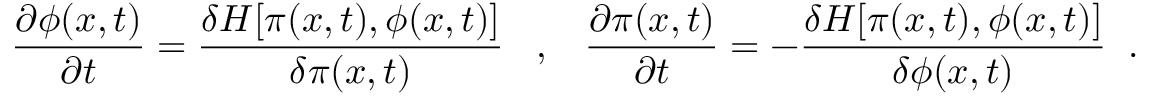
\frac { \partial \phi ( x , t ) } { \partial t } = \frac { \delta H [ \pi ( x , t ) , \phi ( x , t ) ] } { \delta \pi ( x , t ) } \; \; \; , \; \; \; \frac { \partial \pi ( x , t ) } { \partial t } = - \frac { \delta H [ \pi ( x , t ) , \phi ( x , t ) ] } { \delta \phi ( x , t ) } \; \; .